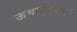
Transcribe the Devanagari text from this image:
ऊभारण्याची